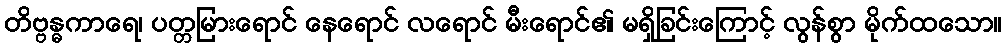
တိဗ္ဗန္ဓကာရေ၊ ပတ္တမြားရောင် နေရောင် လရောင် မီးရောင်၏ မရှိခြင်းကြောင့် လွန်စွာ မိုက်ထသော။